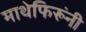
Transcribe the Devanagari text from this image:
माथेफिरूंनी